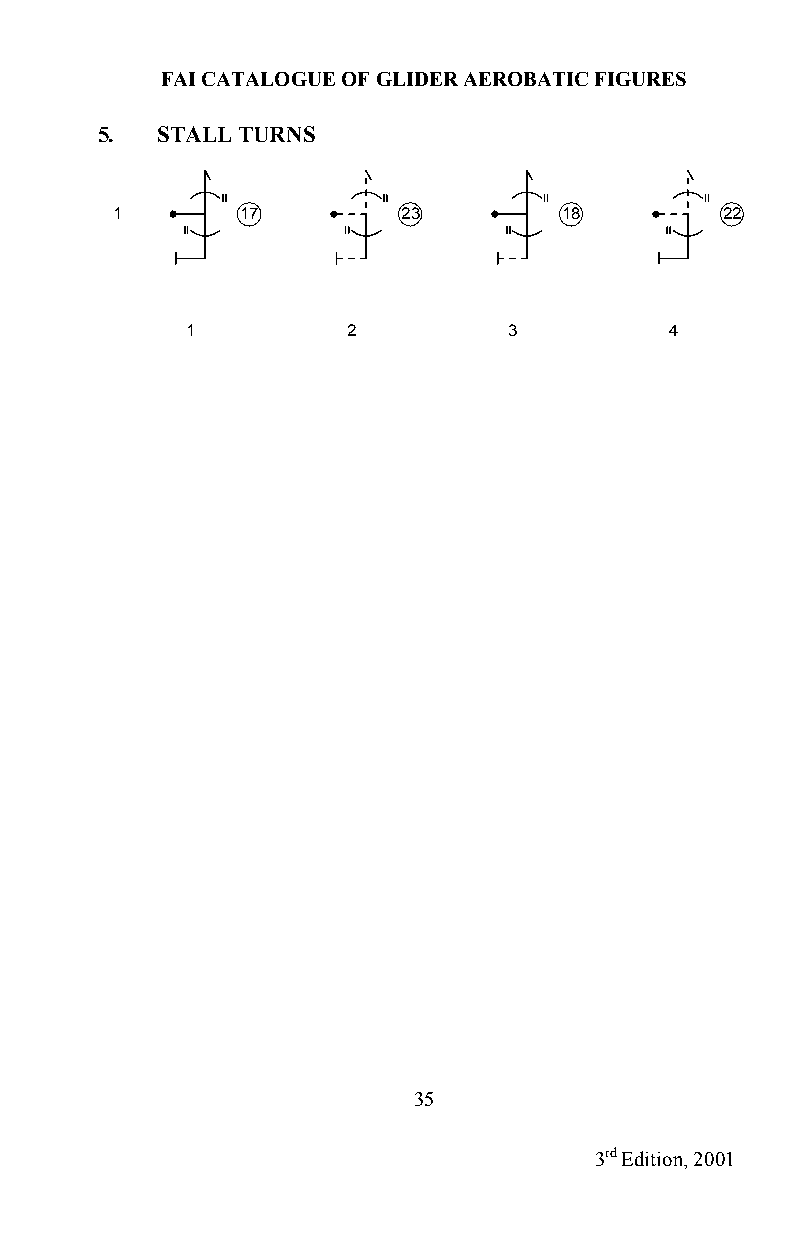
FAI CATALOGUE OF GLIDER AEROBATIC FIGURES
 5.  STALL TURNS
 1        17         23        18         22
 1          2          3         4
 35
 3rd Edition, 2001